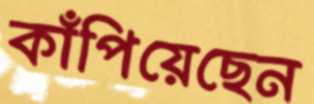
কাঁপিয়েছেন